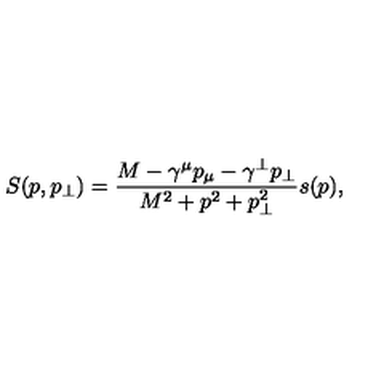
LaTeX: S ( p , p _ { \perp } ) = \frac { M - \gamma ^ { \mu } p _ { \mu } - \gamma ^ { \perp } p _ { \perp } } { M ^ { 2 } + p ^ { 2 } + p _ { \perp } ^ { 2 } } s ( p ) ,